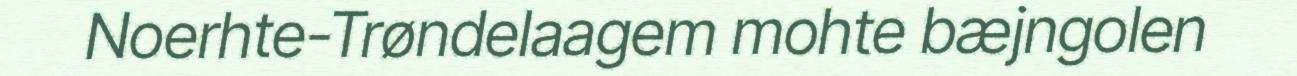
Noerhte-Trøndelaagem mohte bæjngolen